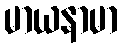
မာယနာမာ